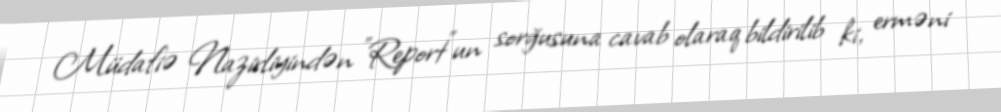
Müdafiə Nazirliyindən "Report"un sorğusuna cavab olaraq bildirilib ki, erməni